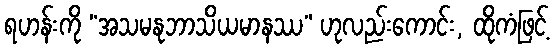
ရဟန်းကို “အသမနုဘာသိယမာနဿ” ဟုလည်းကောင်း, ထိုကံဖြင့်